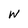
Character: W